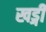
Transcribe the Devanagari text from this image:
खड्गी